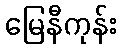
မြေနီကုန်း